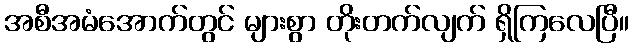
အစီအမံအောက်တွင် များစွာ တိုးတက်လျက် ရှိကြလေပြီ။